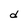
Character: d